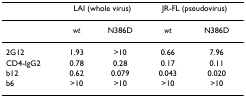
|  | <COLSPAN=2> LAI (whole virus) | <COLSPAN=2> JR-FL (pseudovirus) |
 | --- | --- | --- | --- | --- |
 |  | wt | N386D | wt | N386D |
 | 2G12 | 1.93 | >10 | 0.66 | 7.96 |
 | CD4-IgG2 | 0.78 | 0.28 | 0.17 | 0.11 |
 | b12 | 0.62 | 0.079 | 0.043 | 0.020 |
 | b6 | >10 | >10 | >10 | >10 |